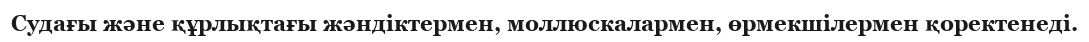
Судағы және құрлықтағы жәндіктермен, моллюскалармен, өрмекшілермен қоректенеді.